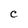
Character: C